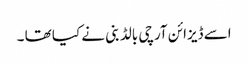
اسے ڈیزائن آرچی بالڈ بنی نے کیا تھا ۔